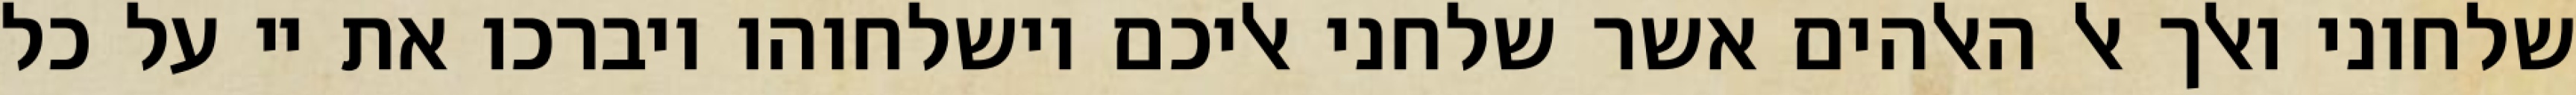
שלחוני ואלך אל האלהים אשר שלחני אליכם וישלחוהו ויברכו את יי על כל